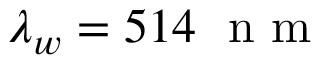
\lambda _ { w } = 5 1 4 ~ \textrm { n m }